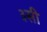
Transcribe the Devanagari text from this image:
३सी